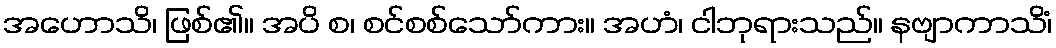
အဟောသိ၊ ဖြစ်၏။ အပိ စ၊ စင်စစ်သော်ကား။ အဟံ၊ ငါဘုရားသည်။ နဗျာကာသိံ၊